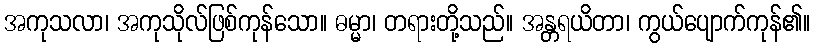
အကုသလာ၊ အကုသိုလ်ဖြစ်ကုန်သော။ ဓမ္မာ၊ တရားတို့သည်။ အန္တရယိတာ၊ ကွယ်ပျောက်ကုန်၏။